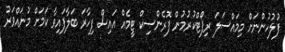
ފުލުހުންނަށް މިމައްސަލަ ރިޕޯޓްކުރުމުން ފޮރެންސިކް ޓީމެއް އައިސް ފިހާރަ ބަލާފައިވާ ކަމަށް މުނައްވަރު